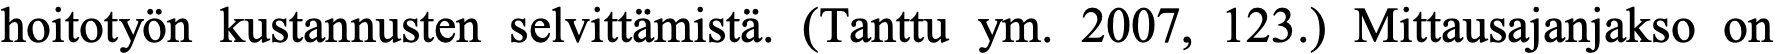
hoitotyön kustannusten selvittämistä. (Tanttu ym. 2007, 123.) Mittausajanjakso on